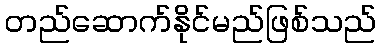
တည်ဆောက်နိုင်မည်ဖြစ်သည်